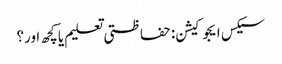
سیکس ایجوکیشن: حفاظتی تعلیم یا کچھ اور؟